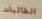
الطالبات